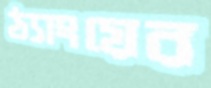
ঠ্যাংয়ের